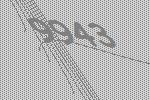
9943